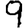
Digit: 9